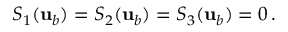
S _ { 1 } ( { \mathbf { u } } _ { b } ) = S _ { 2 } ( { \mathbf { u } } _ { b } ) = S _ { 3 } ( { \mathbf { u } } _ { b } ) = 0 \, .